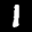
Label: 1